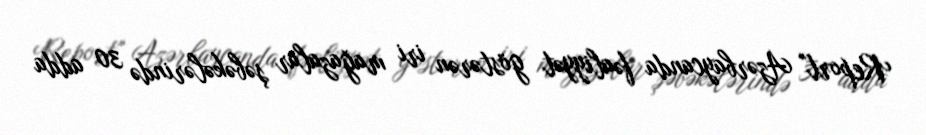
Report" Azərbaycanda fəaliyyət göstərən iri mağazalar şəbəkələrində 30 adda